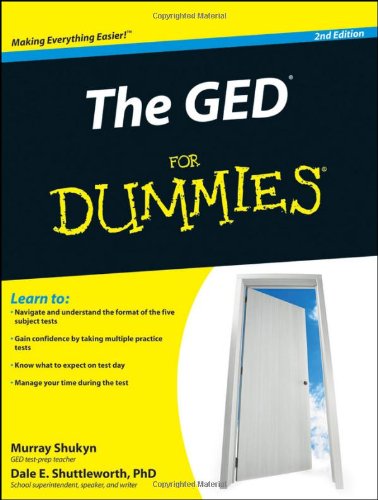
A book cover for The GED For Dummies; Murray Shukyn; Test Preparation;